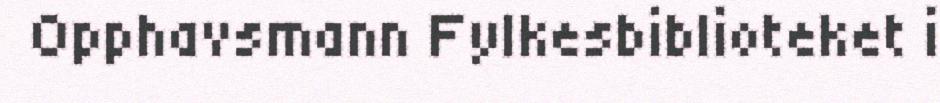
Opphavsmann Fylkesbiblioteket i